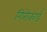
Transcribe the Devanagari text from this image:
गिरोकार्ड